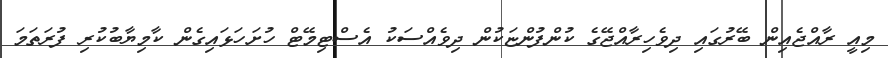
މިއީ ރާއްޖެއިން ބޭރުގައި ދިވެހިރާއްޖޭގެ ކުންފުންޏަކުން ދިވެއްސަކު އެސްޓިމޭޓް ހުށަހަޅައިގެން ކާމިޔާބުކުރި ފުރަތަމަ